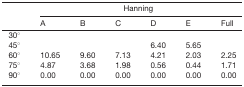
|  | <COLSPAN=6> Hanning |
 |  | A | B | C | D | E | Full |
 | --- | --- | --- | --- | --- | --- | --- |
 | 30° |  |  |  |  |  |  |
 | 45° |  |  |  | 6.40 | 5.65 |  |
 | 60° | 10.65 | 9.60 | 7.13 | 4.21 | 2.03 | 2.25 |
 | 75° | 4.87 | 3.68 | 1.98 | 0.56 | 0.44 | 1.71 |
 | 90° | 0.00 | 0.00 | 0.00 | 0.00 | 0.00 | 0.00 |